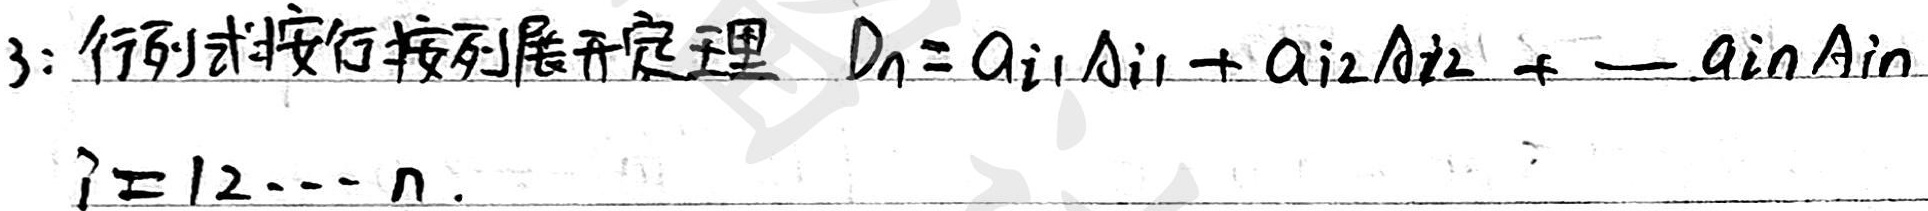
3：行列式按行按列展开定理 \(D_{n}=a_{i1}A_{i1}+a_{i2}A_{i2}+\cdots+a_{in}A_{in}\)，\(i = 1,2,\cdots,n\)